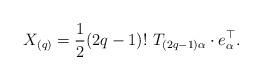
LaTeX: \begin{align*} X_{(q)} = \frac{1}{2}(2q-1)! \ T_{(2q-1)\alpha} \cdot e_{\alpha}^{\top}.\end{align*}